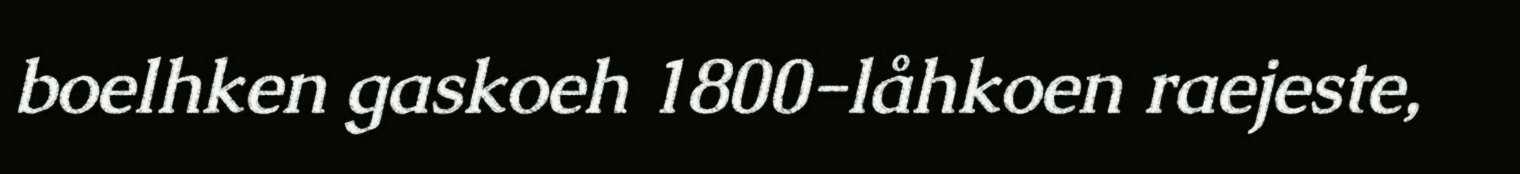
boelhken gaskoeh 1800-låhkoen raejeste,